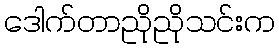
ဒေါက်တာညိုညိုသင်းက